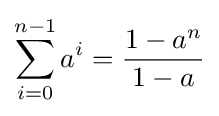
\sum _{i=0}^{n-1}a^{i}={\frac {1-a^{n}}{1-a}}